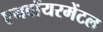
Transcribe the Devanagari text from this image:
एनवॉयरमेंटल